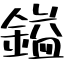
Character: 鎰